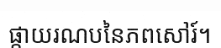
ផ្កាយរណបនៃភពសៅរ៍។